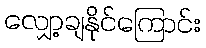
လျှော့ချနိုင်ကြောင်း